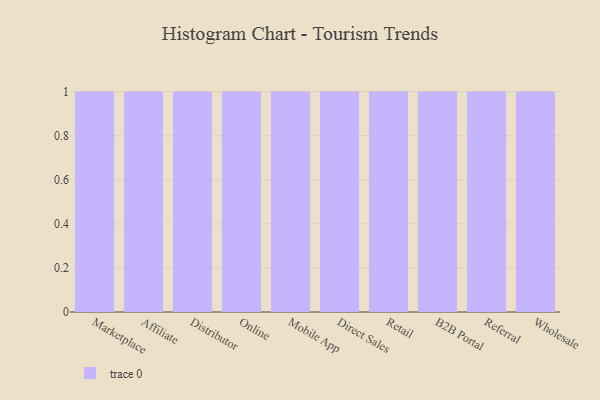
{"axis": {"x": "Channel", "y": "Inventory Turnover"}, "legend": [""], "data": [{"x": "Marketplace", "y": 62, "type": ""}, {"x": "Affiliate", "y": 70, "type": ""}, {"x": "Distributor", "y": 91, "type": ""}, {"x": "Online", "y": 10, "type": ""}, {"x": "Mobile App", "y": 86, "type": ""}, {"x": "Direct Sales", "y": 20, "type": ""}, {"x": "Retail", "y": 73, "type": ""}, {"x": "B2B Portal", "y": 79, "type": ""}, {"x": "Referral", "y": 65, "type": ""}, {"x": "Wholesale", "y": 46, "type": ""}]}